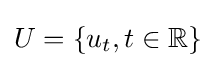
U=\{u_{t},t\in \mathbb {R} \}